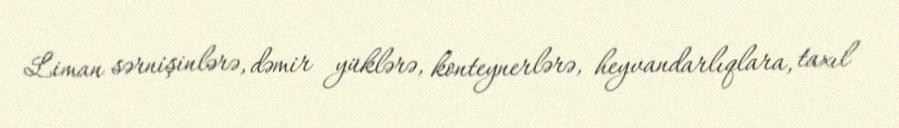
Liman sərnişinlərə, dəmir yüklərə, konteynerlərə, heyvandarlıqlara, taxıl